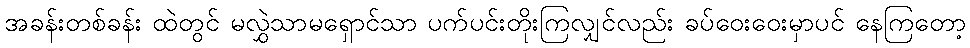
အခန်းတစ်ခန်း ထဲတွင် မလွှဲသာမရှောင်သာ ပက်ပင်းတိုးကြလျှင်လည်း ခပ်ဝေးဝေးမှာပင် နေကြတော့